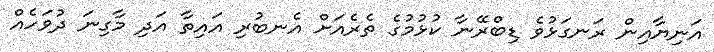
އަނިޔާއިން ރަނގަޅުވެ ޑިބްރޭނާ ކުޅުމުގެ ތެރެއަށް އެނބުރި އައިތާ އަދި މާގިނަ ދުވަހެއް